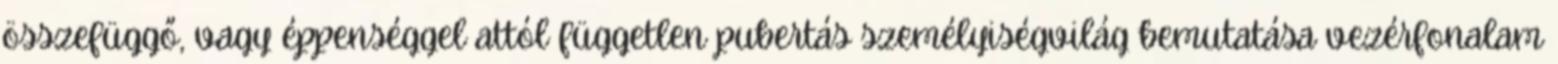
összefüggő, vagy éppenséggel attól független pubertás személyiségvilág bemutatása vezérfonalam